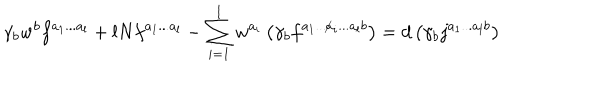
\gamma _ { b } w ^ { b } f ^ { a _ { 1 } . . . a _ { l } } + l N f ^ { a _ { 1 } . . . a _ { l } } - \sum _ { i = 1 } ^ { l } w ^ { a _ { i } } \left( \gamma _ { b } f ^ { a _ { 1 } . . . { \not a _ { i } } . . . a _ { l } b } \right) = d \left( \gamma _ { b } j ^ { a _ { 1 } . . . a _ { l } b } \right)